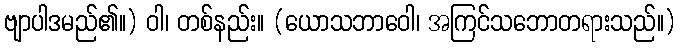
ဗျာပါဒမည်၏။) ဝါ၊ တစ်နည်း။ (ယောသဘာဝေါ၊ အကြင်သဘောတရားသည်။)